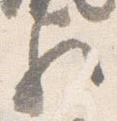
歟